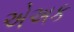
એઅક